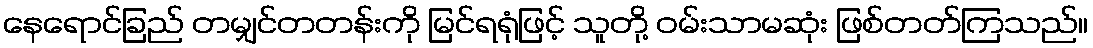
နေရောင်ခြည် တမျှင်တတန်းကို မြင်ရရုံဖြင့် သူတို့ ဝမ်းသာမဆုံး ဖြစ်တတ်ကြသည်။